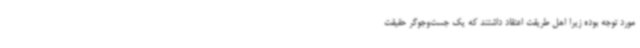
مورد توجه بوده زیرا اهل طریقت اعتقاد داشتند که یک جست‌وجوگر حقیقت